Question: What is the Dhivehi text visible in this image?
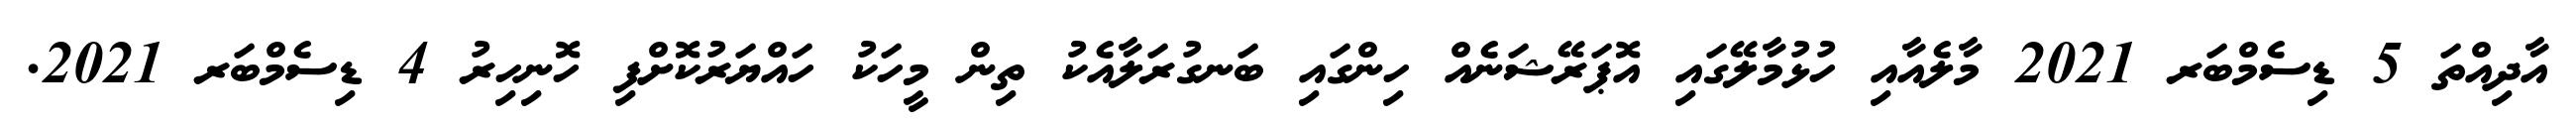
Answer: އާދިއްތަ 5 ޑިސެމްބަރ 2021 މާލެއާއި ހުޅުމާލޭގައި އޮޕަރޭޝަނެއް ހިންގައި ބަނގުރަލާއެކު ތިން މީހަކު ހައްޔަރުކޮށްފި ހޮނިހިރު 4 ޑިސެމްބަރ 2021.